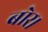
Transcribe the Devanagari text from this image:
बोर।